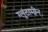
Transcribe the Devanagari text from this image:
ग्लूटामीन